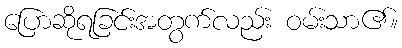
ပြောဆိုရခြင်းအတွက်လည်း ဝမ်းသာ၏။